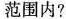
范围内?